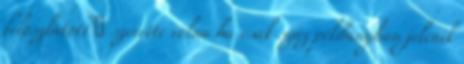
feloszlatott � szerette volna ha csak száz példányban jelenik